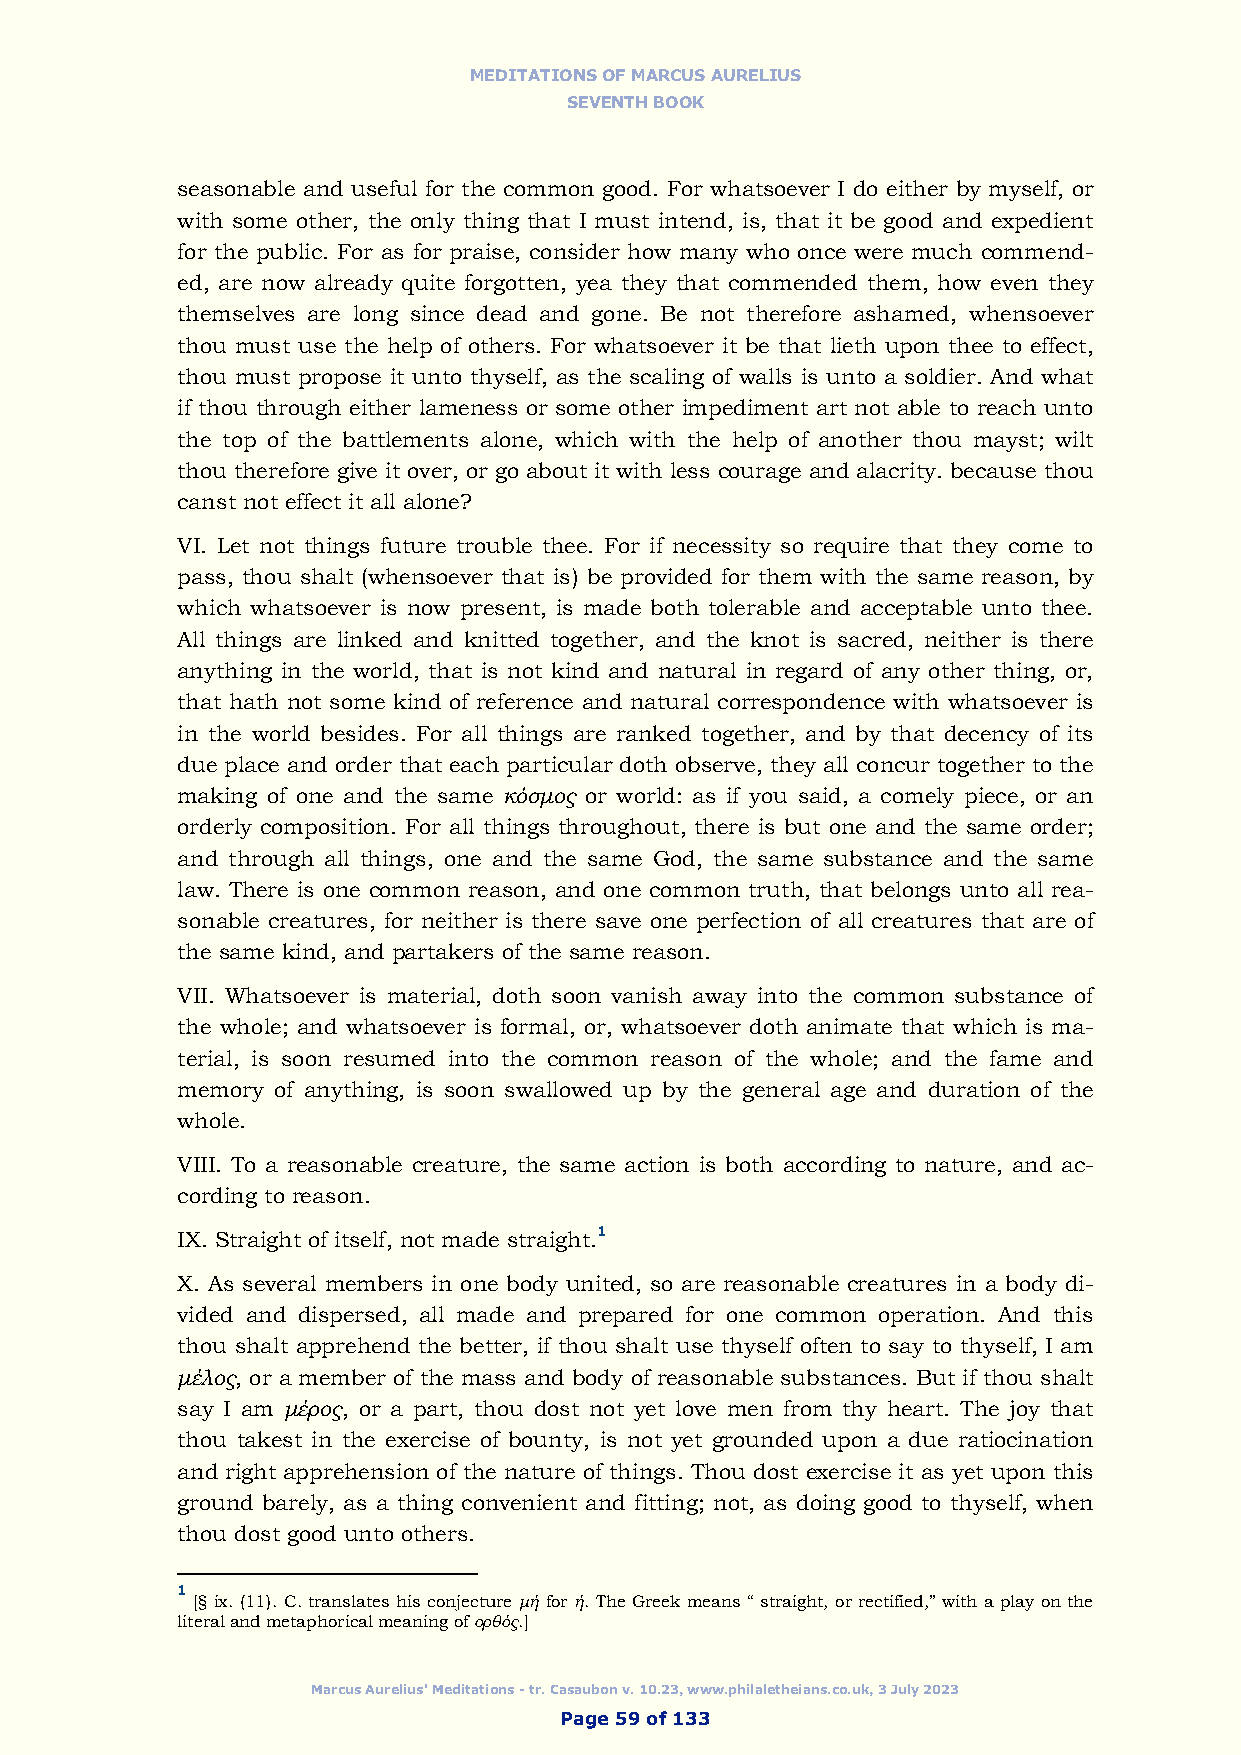
MEDITATIONS OF MARCUS AURELIUS
 SEVENTH BOOK
 seasonable and useful for the common good. For whatsoever I do either by myself, or
 with some other, the only thing that I must intend, is, that it be good and expedient
 for the public. For as for praise, consider how many who once were much commend-
 ed, are now already quite forgotten, yea they that commended them, how even they
 themselves are long since dead and gone. Be not therefore ashamed, whensoever
 thou must use the help of others. For whatsoever it be that lieth upon thee to effect,
 thou must propose it unto thyself, as the scaling of walls is unto a soldier. And what
 if thou through either lameness or some other impediment art not able to reach unto
 the top of the battlements alone, which with the help of another thou mayst; wilt
 thou therefore give it over, or go about it with less courage and alacrity. because thou
 canst not effect it all alone?
 VI. Let not things future trouble thee. For if necessity so require that they come to
 pass, thou shalt (whensoever that is) be provided for them with the same reason, by
 which whatsoever is now present, is made both tolerable and acceptable unto thee.
 All things are linked and knitted together, and the knot is sacred, neither is there
 anything in the world, that is not kind and natural in regard of any other thing, or,
 that hath not some kind of reference and natural correspondence with whatsoever is
 in the world besides. For all things are ranked together, and by that decency of its
 due place and order that each particular doth observe, they all concur together to the
 making of one and the same κόσμος or world: as if you said, a comely piece, or an
 orderly composition. For all things throughout, there is but one and the same order;
 and through all things, one and the same God, the same substance and the same
 law. There is one common reason, and one common truth, that belongs unto all rea-
 sonable creatures, for neither is there save one perfection of all creatures that are of
 the same kind, and partakers of the same reason.
 VII. Whatsoever is material, doth soon vanish away into the common substance of
 the whole; and whatsoever is formal, or, whatsoever doth animate that which is ma-
 terial, is soon resumed into the common reason of the whole; and the fame and
 memory of anything, is soon swallowed up by the general age and duration of the
 whole.
 VIII. To a reasonable creature, the same action is both according to nature, and ac-
 cording to reason.
 IX. Straight of itself, not made straight.1
 X. As several members in one body united, so are reasonable creatures in a body di-
 vided and dispersed, all made and prepared for one common operation. And this
 thou shalt apprehend the better, if thou shalt use thyself often to say to thyself, I am
 μέλος, or a member of the mass and body of reasonable substances. But if thou shalt
 say I am μέρος, or a part, thou dost not yet love men from thy heart. The joy that
 thou takest in the exercise of bounty, is not yet grounded upon a due ratiocination
 and right apprehension of the nature of things. Thou dost exercise it as yet upon this
 ground barely, as a thing convenient and fitting; not, as doing good to thyself, when
 thou dost good unto others.
 1
 [§ ix. (11). C. translates his conjecture μή for ή. The Greek means “ straight, or rectified,” with a play on the
 literal and metaphorical meaning of ορθός.]
 Marcus Aurelius' Meditations - tr. Casaubon v. 10.23, www.philaletheians.co.uk, 3 July 2023
 Page 59 of 133